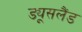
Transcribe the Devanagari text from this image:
ड्यूसलैंड